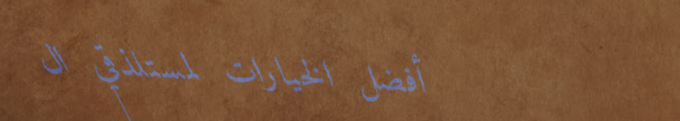
أفضل الخيارات لمستلذقي ال